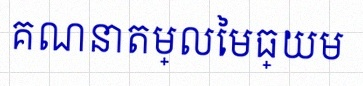
គណនាតម្លៃមធ្យម